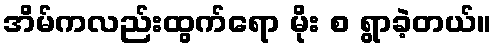
အိမ်ကလည်းထွက်ရော မိုး စ ရွာခဲ့တယ်။